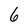
Character: 6